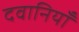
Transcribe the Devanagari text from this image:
दवानियाँ